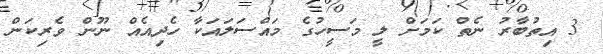
3 އިތުބާރު ނެތް ކަމަށް ލީ މަސީހުގެ މައްސަލައަކާ ހެދިއެއް ނޫން ވެރިކަން